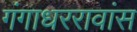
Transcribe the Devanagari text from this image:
गंगाधररावांस